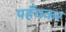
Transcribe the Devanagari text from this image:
पहँचकर